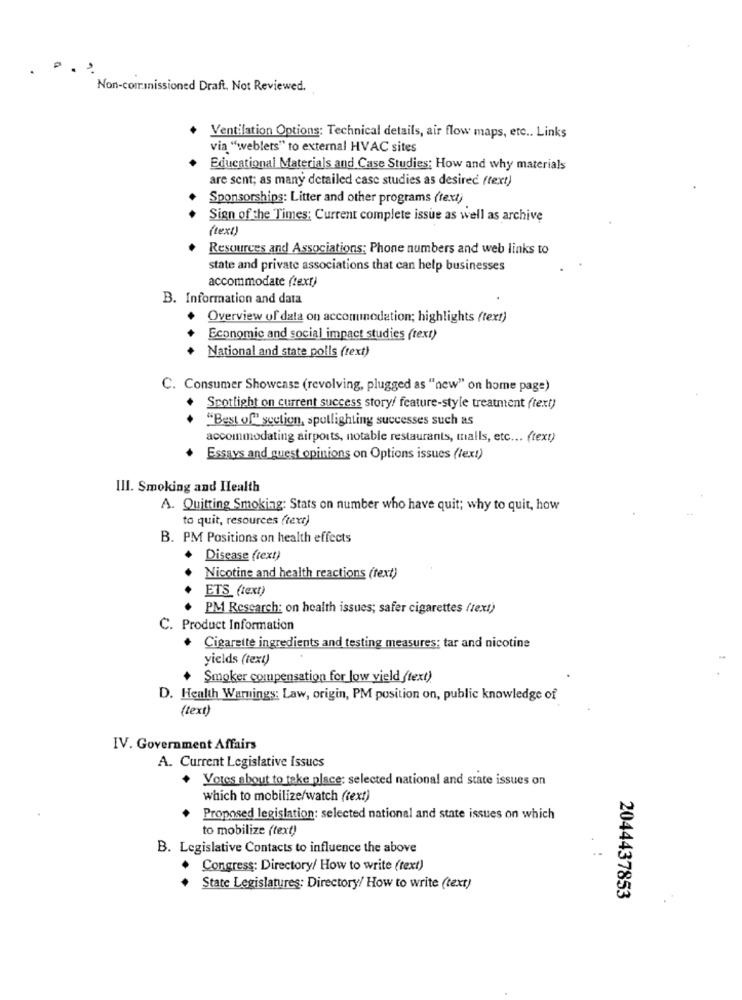
P
Non-commissioned Draft, Not Reviewed.
Ventilation Options: Technical details, air flow maps, etc .. Links
via "weblets" to external HVAC sites
Educational Materials and Case Studies: How and why materials
are sent; as many detailed case studies as desired (text)
Sponsorships: Litter and other programs (text)
Sign of the Times: Current complete issue as well as archive
(text)
Resources and Associations: Phone numbers and web links to
state and private associations that can help businesses
accommodate (text)
B. Information and data
Overview of data on accommodation; highlights (text)
Economic and social impact studies (text)
National and state polls (text)
C. Consumer Showcase (revolving, plugged as "new" on home page)
Spotlight on current success story/ feature-style treatment (text)
"Best of" section, spotlighting successes such as
accommodating airports, notable restaurants, malls, etc ... (text)
Essays and guest opinions on Options issues (tex!)
III. Smoking and Health
A. Quitting Smoking: Stats on number who have quit; why to quit, how
to quit, resources (text)
B. PM Positions on health effects
Disease (text)
Nicotine and health reactions (text)
ETS (text)
....
PM Research: on health issues; safer cigarettes (text)
C. Product Information
.
Cigarette ingredients and testing measures; tar and nicotine
yields (text)
Smoker compensation for low vield (text)
D. Health Warnings: Law, origin, PM position on, public knowledge of
(text)
IV. Government Affairs
A. Current Legislative Issues
+ Votes about to take place: selected national and state issues on
which to mobilize/watch (text)
Proposed legislation: selected national and state issues on which
to mobilize (text)
B. Legislative Contacts to influence the above
Congress: Directory/ How to write (text)
State Legislatures: Directory/ How to write (text)
2044437853